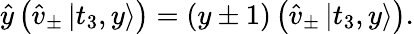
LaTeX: \begin{array}{r}{\hat{y}\left(\hat{v}_{\pm}\left|t_{3},y\right\rangle\right)=(y\pm 1)\left(\hat{v}_{\pm}\left|t_{3},y\right\rangle\right).}\end{array}